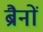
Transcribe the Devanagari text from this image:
ब्रैनों